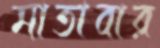
মাতাবার